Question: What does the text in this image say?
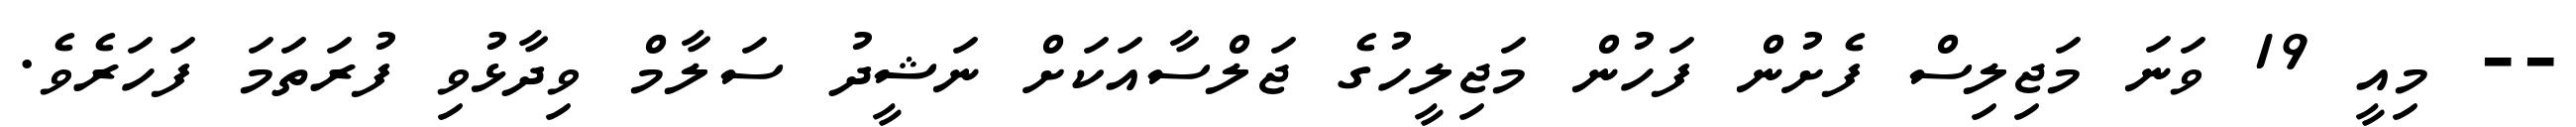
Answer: -- މިއީ 19 ވަނަ މަޖިލިސް ފެށުން ފަހުން މަޖިލީހުގެ ޖަލްސާއަކަށް ނަޝީދު ސަލާމް ވިދާޅުވި ފުރަތަމަ ފަހަރެވެ.